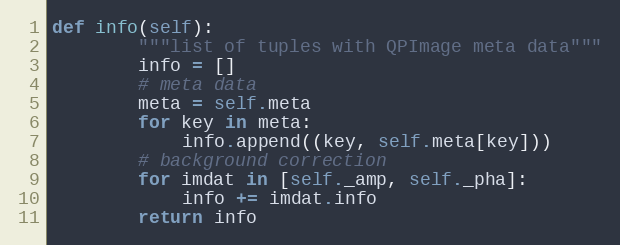
Language: Python
def info(self):
        """list of tuples with QPImage meta data"""
        info = []
        # meta data
        meta = self.meta
        for key in meta:
            info.append((key, self.meta[key]))
        # background correction
        for imdat in [self._amp, self._pha]:
            info += imdat.info
        return info